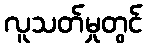
လူသတ်မှုတွင်